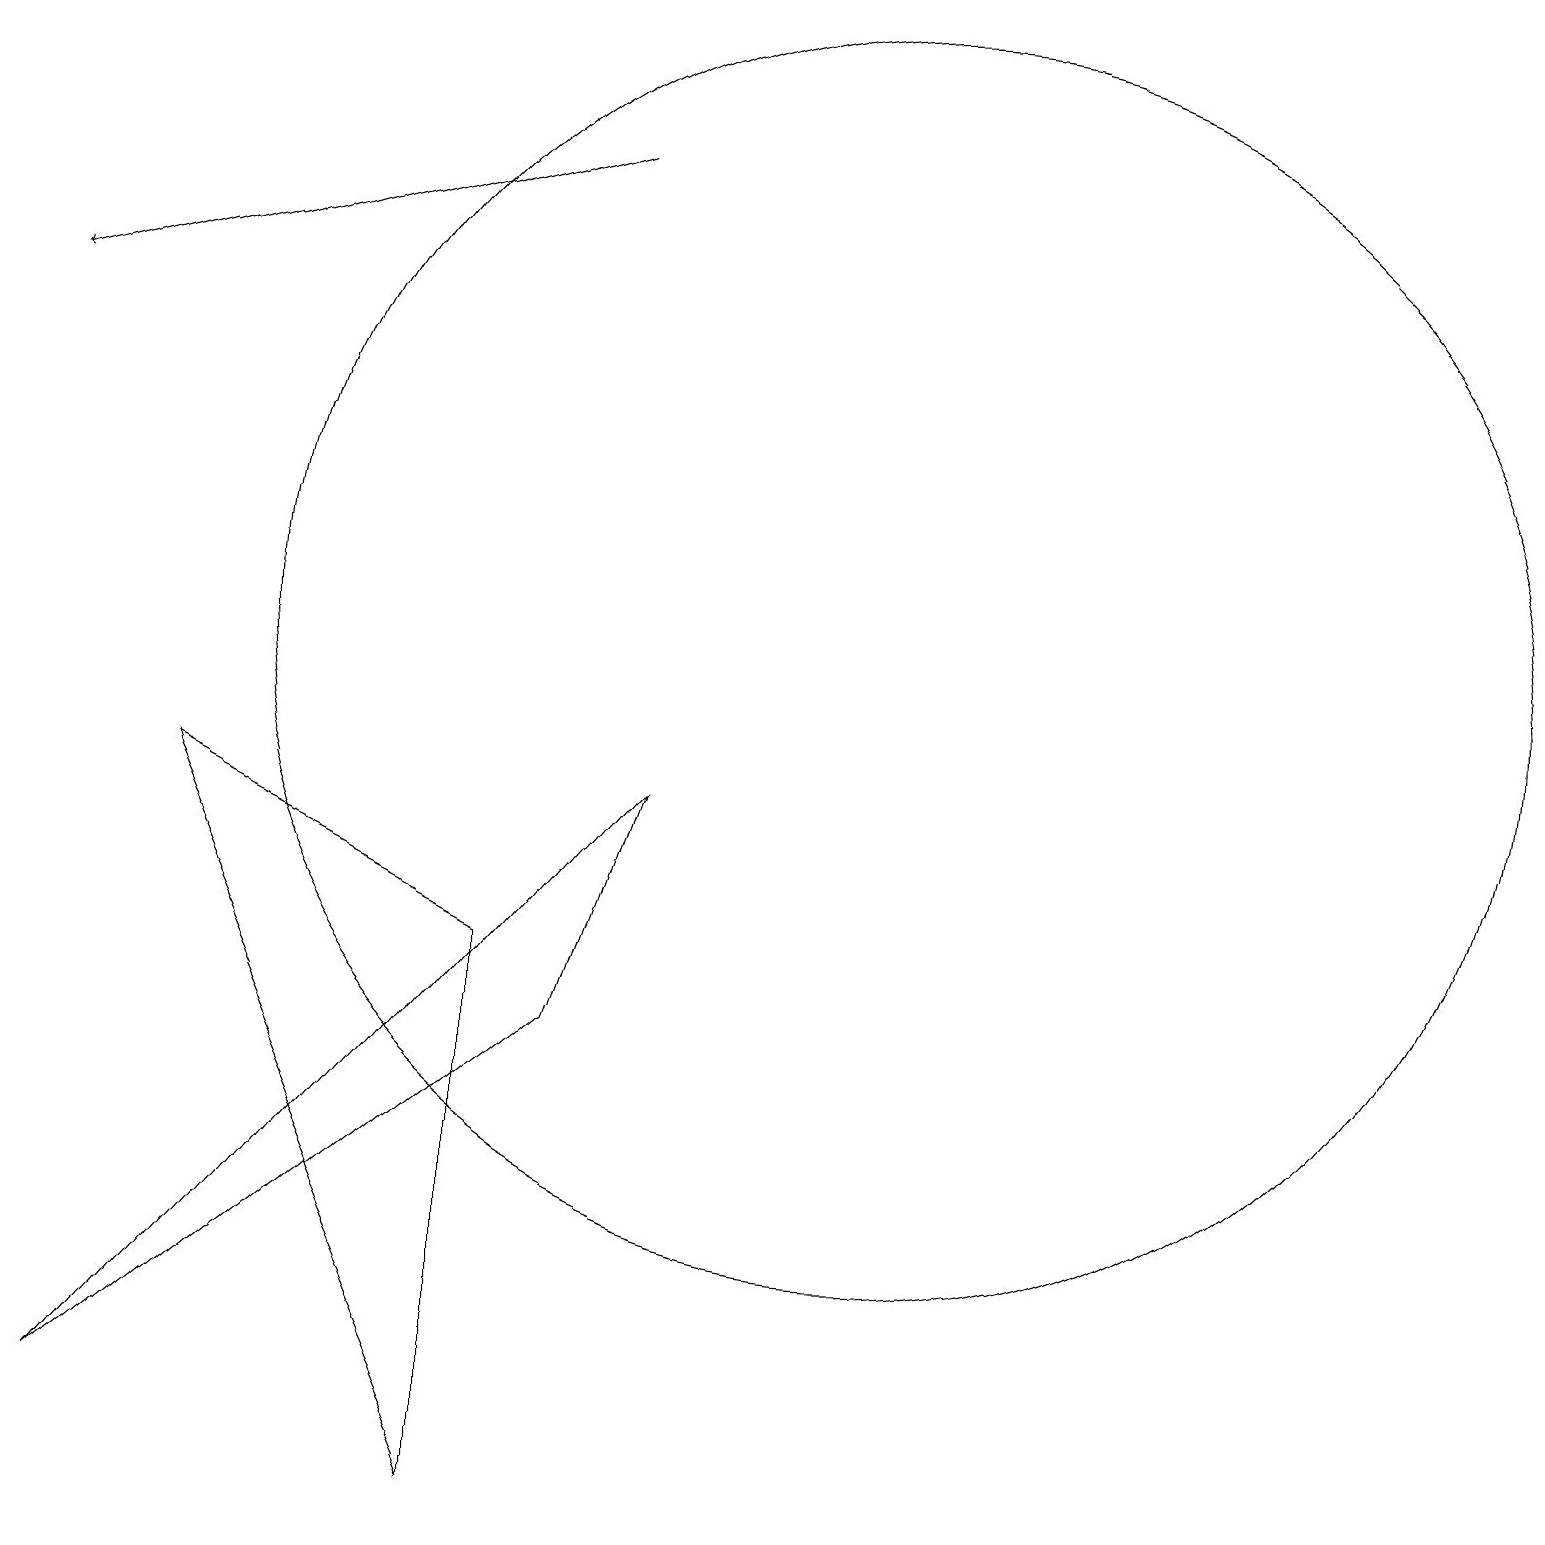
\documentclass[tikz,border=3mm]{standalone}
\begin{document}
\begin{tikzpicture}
\draw (3,9) -- (7,7) -- (7,0) -- cycle;
\draw (12,11) circle (8);
\draw (2,1) -- (8,6) -- (9,9) -- cycle;
\draw[->] (8,17) -- (1,15);
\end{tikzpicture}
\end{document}